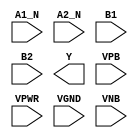
module sky130_fd_sc_hd__a2bb2oi (
    //# {{data|Data Signals}}
    input  A1_N,
    input  A2_N,
    input  B1  ,
    input  B2  ,
    output Y   ,

    //# {{power|Power}}
    input  VPB ,
    input  VPWR,
    input  VGND,
    input  VNB
);
endmodule